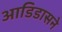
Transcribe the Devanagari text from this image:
आडिडासने